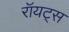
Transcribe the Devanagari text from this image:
रॉयट्स